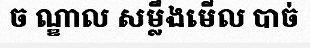
ច ណ្ឌាល សម្លឹងមើល បាច់